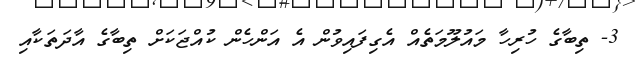
3- ތިބާގެ ހުރިހާ މައުލޫމަތެއް އެގިފައިވުން އެ އަންހެން ކުއްޖަކަށް ތިބާގެ އާދަތަކާއި